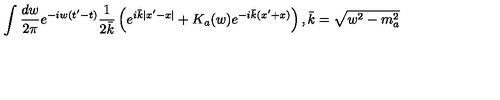
\int \frac { d w } { 2 \pi } e ^ { - i w ( t ^ { \prime } - t ) } \frac { 1 } { 2 \bar { k } } \left( e ^ { i \bar { k } | x ^ { \prime } - x | } + K _ { a } ( w ) e ^ { - i \bar { k } ( x ^ { \prime } + x ) } \right) , \bar { k } = \sqrt { w ^ { 2 } - m _ { a } ^ { 2 } }